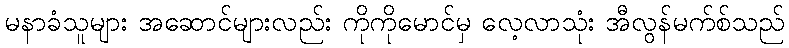
မနာခံသူများ အဆောင်များလည်း ကိုကိုမောင်မှ လေ့လာသုံး အီလွန်မက်စ်သည်